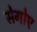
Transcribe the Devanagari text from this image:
सेगोए